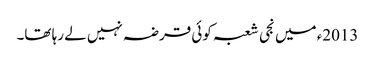
2013ء میں نجی شعبہ کوئی قرضہ نہیں لے رہا تھا۔